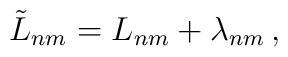
\tilde{L}_{nm} = L_{nm} +  \lambda_{nm}\, ,